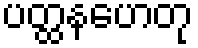
ပတ္ထနဟေတု